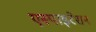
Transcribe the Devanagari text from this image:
एस्पाइरेशन